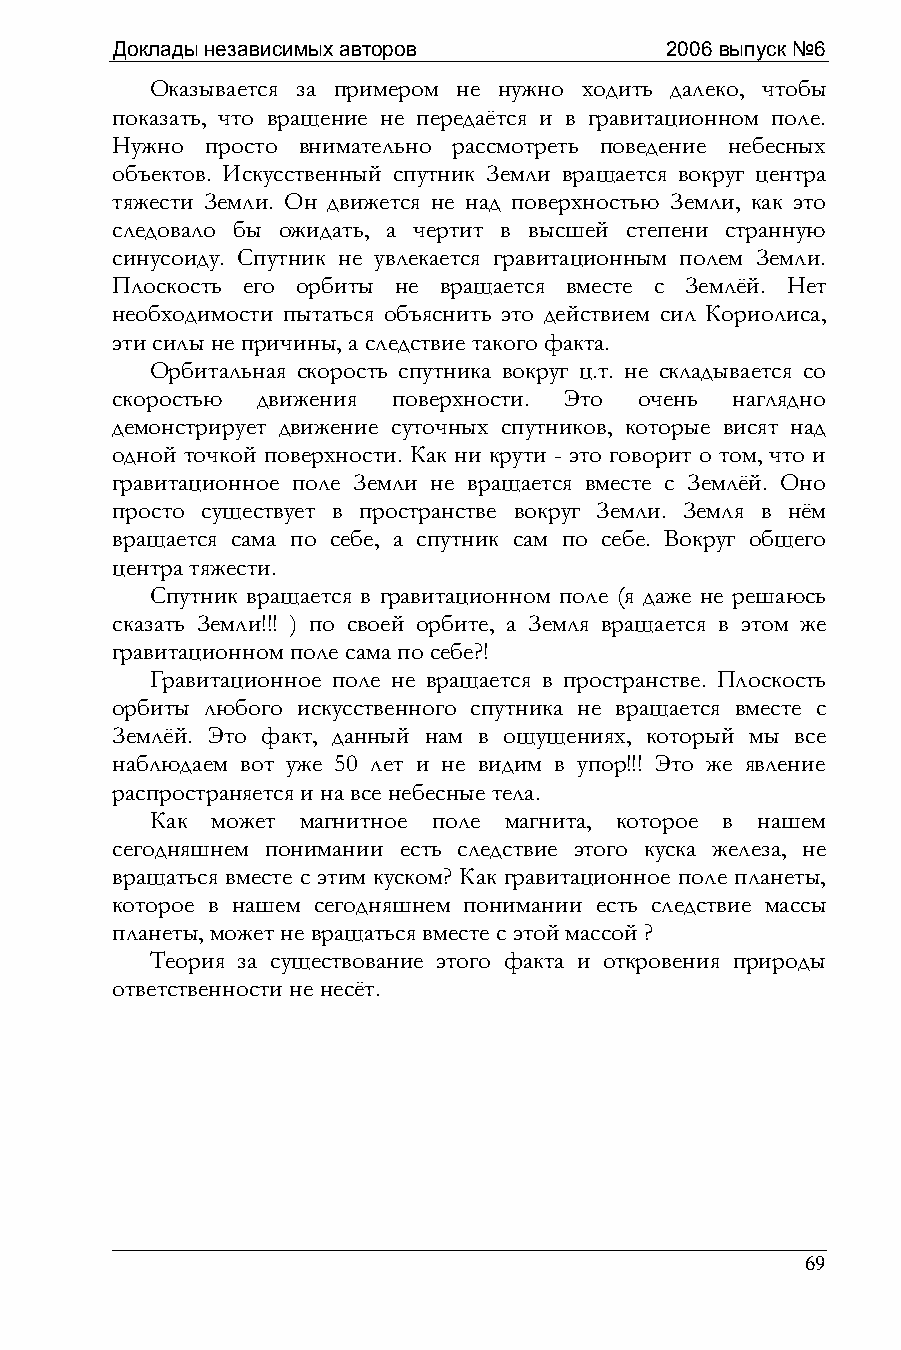
Доклады независимых авторов          2006 выпуск №6
 Оказывается за примером не нужно ходить далеко, чтобы
 показать, что вращение не передаётся и в гравитационном поле.
 Нужно  просто внимательно рассмотреть поведение небесных
 объектов. Искусственный спутник Земли вращается вокруг центра
 тяжести Земли. Он движется не над поверхностью Земли, как это
 следовало бы ожидать, а чертит в высшей степени странную
 синусоиду. Спутник не увлекается гравитационным полем Земли.
 Плоскость его орбиты не вращается вместе с Землёй. Нет
 необходимости пытаться объяснить это действием сил Кориолиса,
 эти силы не причины, а следствие такого факта.
 Орбитальная скорость спутника вокруг ц.т. не складывается со
 скоростью движения поверхности. Это очень наглядно
 демонстрирует движение суточных спутников, которые висят над
 одной точкой поверхности. Как ни крути - это говорит о том, что и
 гравитационное поле Земли не вращается вместе с Землёй. Оно
 просто существует в пространстве вокруг Земли. Земля в нём
 вращается сама по себе, а спутник сам по себе. Вокруг общего
 центра тяжести.
 Спутник вращается в гравитационном поле (я даже не решаюсь
 сказать Земли!!! ) по своей орбите, а Земля вращается в этом же
 гравитационном поле сама по себе?!
 Гравитационное поле не вращается в пространстве. Плоскость
 орбиты любого искусственного спутника не вращается вместе с
 Землёй. Это факт, данный нам в ощущениях, который мы все
 наблюдаем вот уже 50 лет и не видим в упор!!! Это же явление
 распространяется и на все небесные тела.
 Как может магнитное поле магнита, которое в нашем
 сегодняшнем понимании есть следствие этого куска железа, не
 вращаться вместе с этим куском? Как гравитационное поле планеты,
 которое в нашем сегодняшнем понимании есть следствие массы
 планеты, может не вращаться вместе с этой массой ?
 Теория за существование этого факта и откровения природы
 ответственности не несёт.
 69